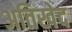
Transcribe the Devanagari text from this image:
अतिखेद